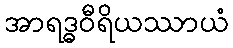
အာရဒ္ဓဝီရိယဿာယံ